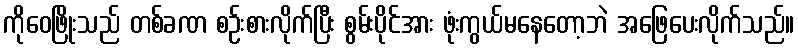
ကိုဝေဖြိုးသည် တစ်ခဏ စဉ်းစားလိုက်ပြီး စွမ်းပိုင်အား ဖုံးကွယ်မနေတော့ဘဲ အဖြေပေးလိုက်သည်။